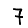
Digit: 7